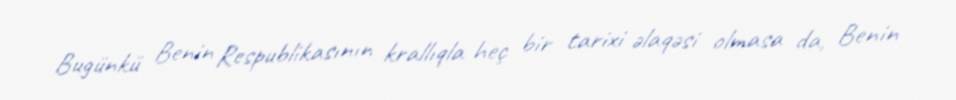
Bugünkü Benin Respublikasının krallıqla heç bir tarixi əlaqəsi olmasa da, Benin